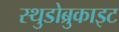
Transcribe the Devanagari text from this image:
स्थुडोब्रुकाइट